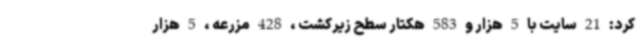
کرد: 21 سایت با 5 هزار و 583 هکتار سطح زیرکشت ، 428 مزرعه ، 5 هزار